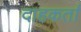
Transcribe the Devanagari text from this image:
दाहकर्ता